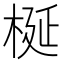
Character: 梴